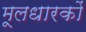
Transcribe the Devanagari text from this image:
मूलधारकों